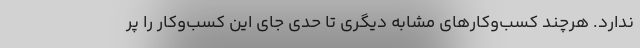
ندارد. هرچند کسب‌وکارهای مشابه دیگری تا حدی جای این کسب‌وکار را پر